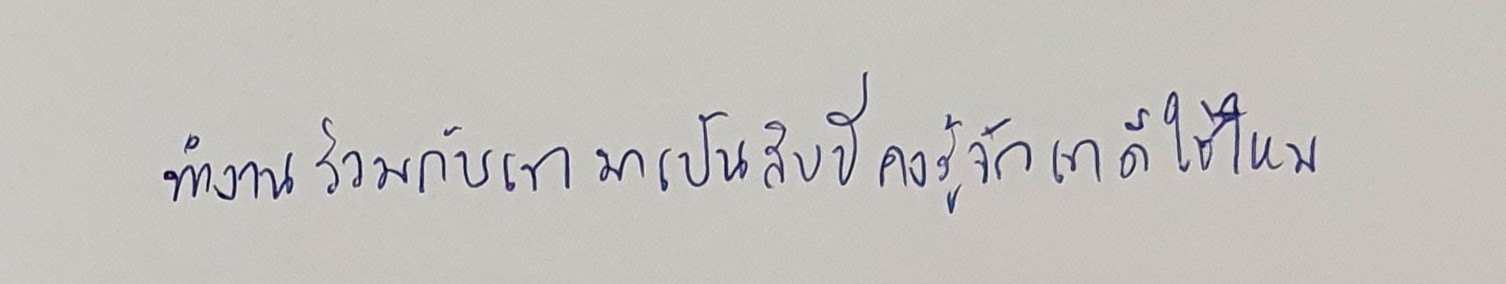
ทำงานร่วมกับเขามาเป็นสิบปีคงรู้จักเขาดีใช่ไหม